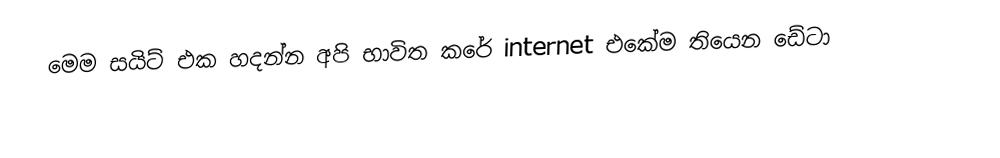
මෙම සයිට් එක හදන්න අපි භාවිත කරේ internet එකේම තියෙන ඩේටා